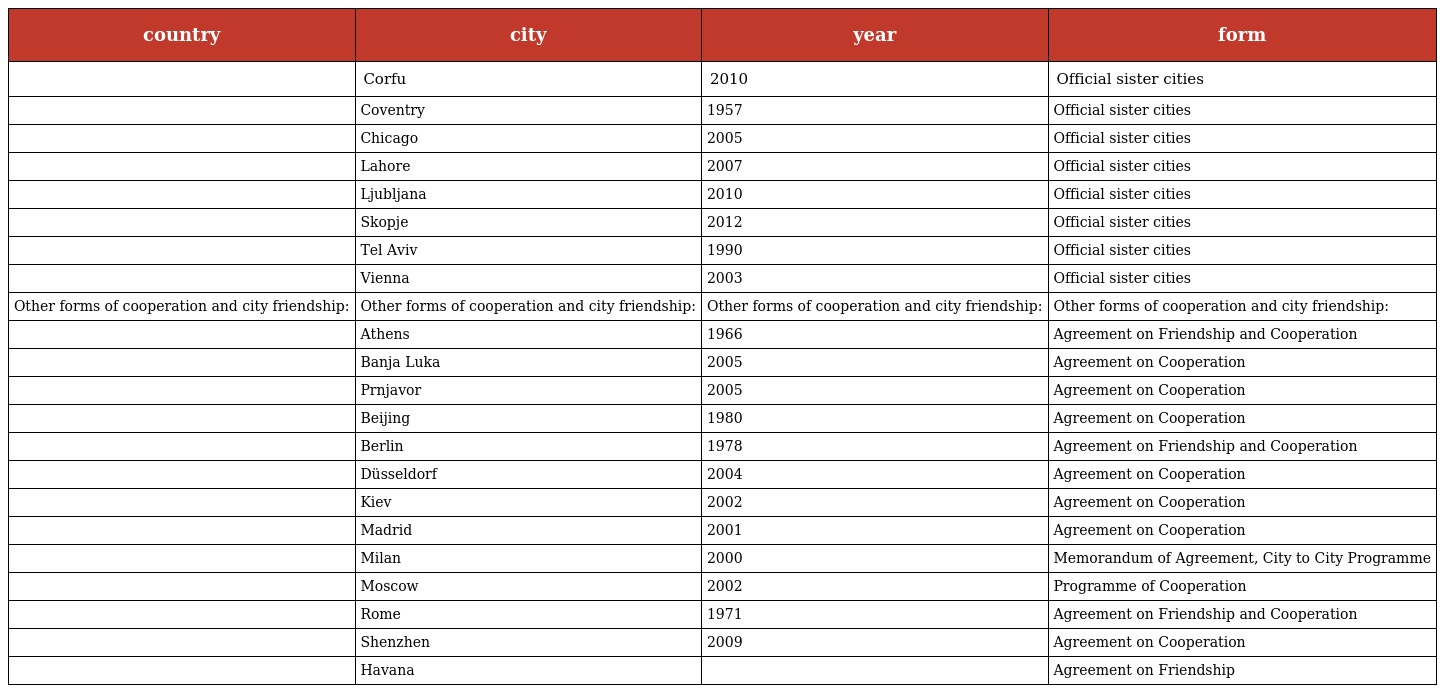
| country | city | year | form |
 | --- | --- | --- | --- |
 |  | Corfu | 2010 | Official sister cities |
 |  | Coventry | 1957 | Official sister cities |
 |  | Chicago | 2005 | Official sister cities |
 |  | Lahore | 2007 | Official sister cities |
 |  | Ljubljana | 2010 | Official sister cities |
 |  | Skopje | 2012 | Official sister cities |
 |  | Tel Aviv | 1990 | Official sister cities |
 |  | Vienna | 2003 | Official sister cities |
 | Other forms of cooperation and city friendship: | Other forms of cooperation and city friendship: | Other forms of cooperation and city friendship: | Other forms of cooperation and city friendship: |
 |  | Athens | 1966 | Agreement on Friendship and Cooperation |
 |  | Banja Luka | 2005 | Agreement on Cooperation |
 |  | Prnjavor | 2005 | Agreement on Cooperation |
 |  | Beijing | 1980 | Agreement on Cooperation |
 |  | Berlin | 1978 | Agreement on Friendship and Cooperation |
 |  | Düsseldorf | 2004 | Agreement on Cooperation |
 |  | Kiev | 2002 | Agreement on Cooperation |
 |  | Madrid | 2001 | Agreement on Cooperation |
 |  | Milan | 2000 | Memorandum of Agreement, City to City Programme |
 |  | Moscow | 2002 | Programme of Cooperation |
 |  | Rome | 1971 | Agreement on Friendship and Cooperation |
 |  | Shenzhen | 2009 | Agreement on Cooperation |
 |  | Havana |  | Agreement on Friendship |